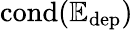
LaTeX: \mathrm{cond(\mathbb{E_{\mathrm{dep}}})}